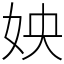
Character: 姎